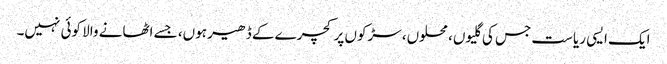
ایک ایسی ریاست جس کی گلیوں، محلوں، سڑکوں پر کچرے کے ڈھیر ہوں، جسے اٹھانے والا کوئی نہیں۔